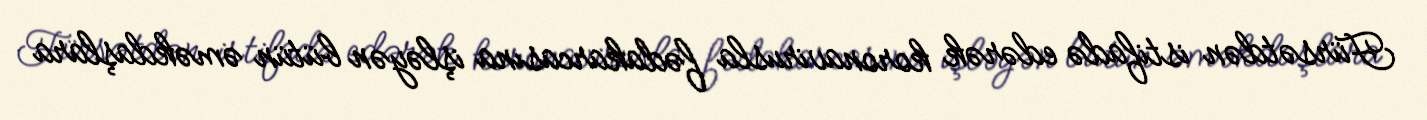
Fürsətdən istifadə edərək koronavirusla fədakarcasına işləyən bütün əməkdaşlara